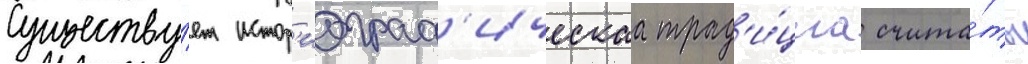
Существу́ет истор'иограф'ическаа трад'и́циа счита́ть